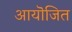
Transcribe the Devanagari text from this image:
आयॊजित